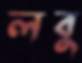
লবু